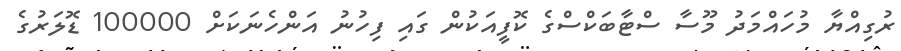
ރުގިއްޔާ މުހައްމަދު މޫސާ ސްޓާބަކްސްގެ ކޮފީއަކުން ގައި ފިހުނު އަންހެނަކަށް 100000 ޑޮލަރުގެ